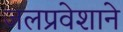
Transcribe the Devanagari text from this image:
जलप्रवेशाने